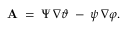
{ \bf A } \; = \; \Psi \, \nabla \vartheta \; - \; \psi \, \nabla \varphi .